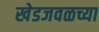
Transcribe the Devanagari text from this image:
खेडजवळच्या